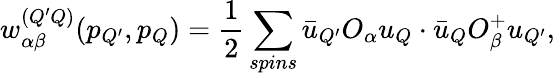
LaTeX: w_{\alpha\beta}^{(Q^{\prime}Q)}(p_{Q^{\prime}},p_{Q})=\frac{1}{2}\sum_{spins}\bar{u}_{Q^{\prime}}O_{\alpha}u_{Q}\cdot\bar{u}_{Q}O_{\beta}^{+}u_{Q^{\prime}},